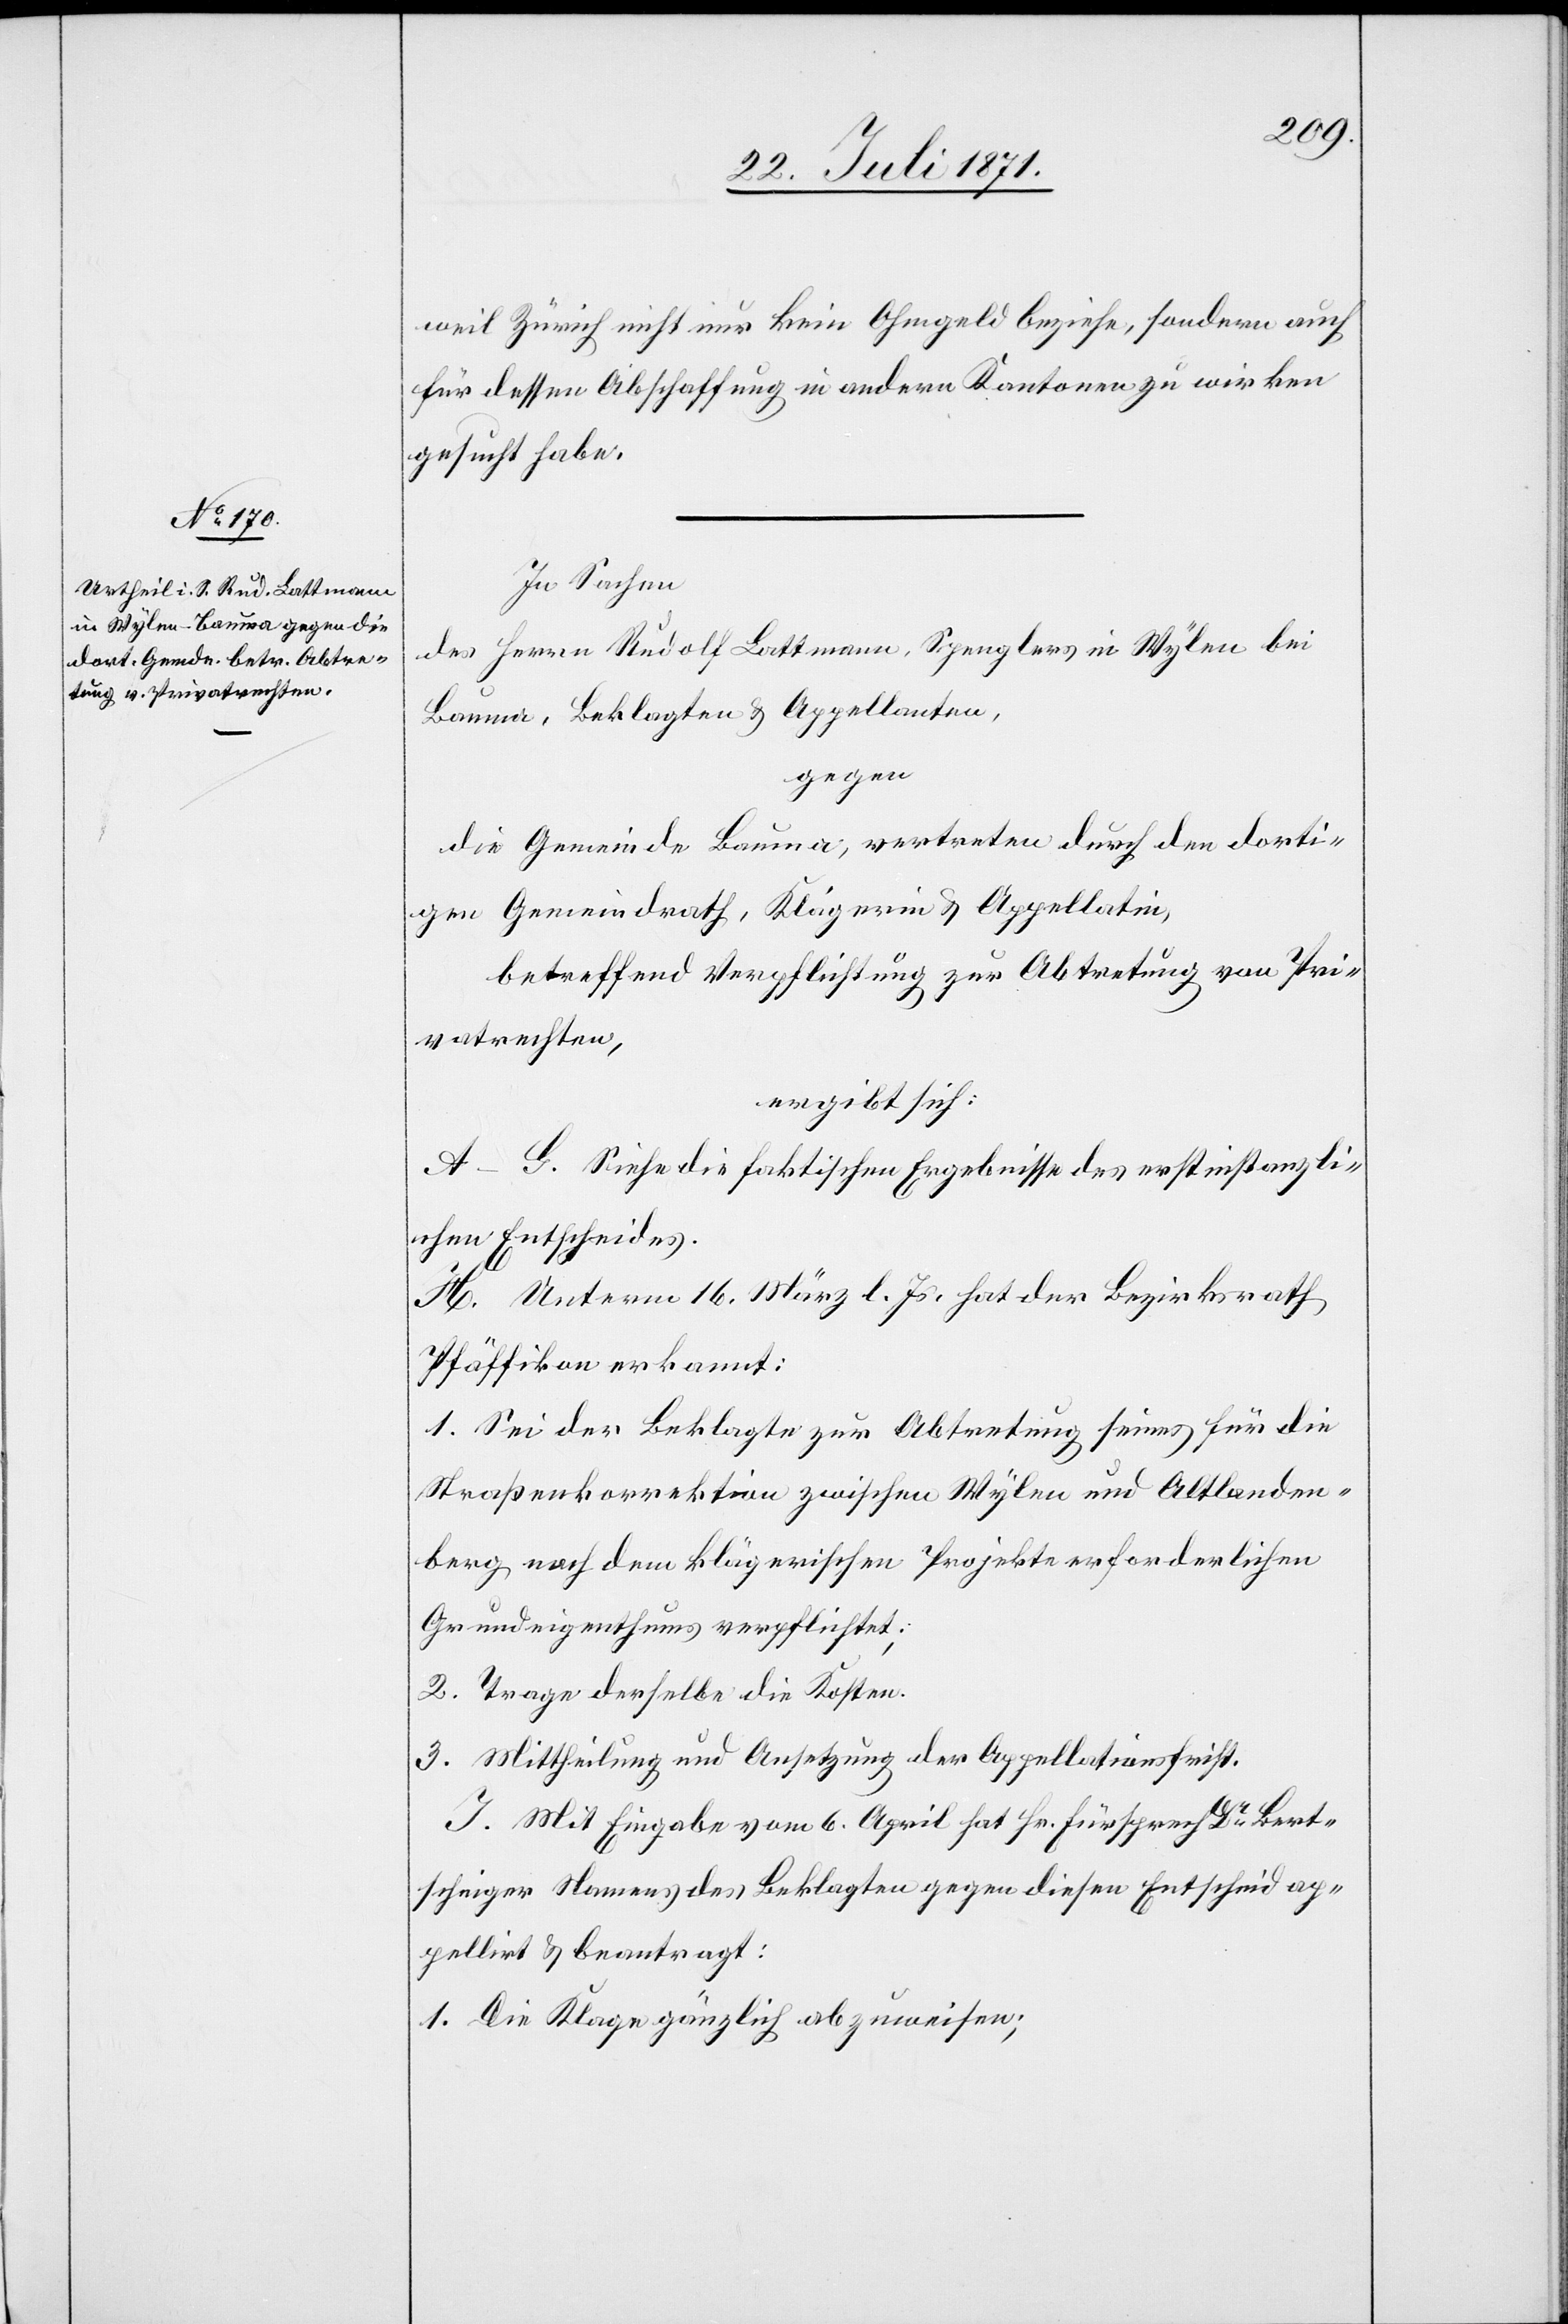
weil Zürich nicht nur kein Ohmgeld beziehe, sondern auch
für dessen Abschaffung in andern Kantonen zu wirken
gesucht habe.
In Sachen
des Herrn Rudolf Lattmann, Spenglers in Wylen bei
Bauma, Beklagten u. Appellanten,
gegen
die Gemeinde Bauma, vertreten durch den dorti¬
gen Gemeindrath, Klägerin u. Appellatin,
betreffend Verpflichtung zur Abtretung von Pri¬
vatrechten,
ergibt sich:
A–G. Siehe die faktischen Ergebnisse des erstinstanzli¬
chen Entscheides.
H. Unterm 16. März l. Js. hat der Bezirksrath
Pfäffikon erkannt:
1. Sei der Beklagte zur Abtretung seines für die
Straßenkorrektion zwischen Wylen und Altlanden¬
berg nach dem klägerischen Projekte erforderlichen
Grundeigenthums verpflichtet;
2. Trage derselbe die Kosten.
3. Mittheilung und Ansetzung der Appellationsfrist.
I. Mit Eingabe vom 6. April hat Hr. Fürsprech Dr. Bert¬
schinger Namens des Beklagten gegen diesen Entscheid ap¬
pellirt u. beantragt:
1. Die Klage gänzlich abzuweisen;